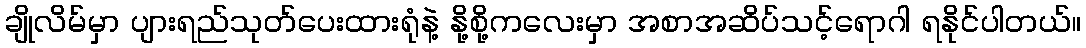
ချိုလိမ်မှာ ပျားရည်သုတ်ပေးထားရုံနဲ့ နို့စို့ကလေးမှာ အစာအဆိပ်သင့်ရောဂါ ရနိုင်ပါတယ်။